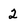
Character: 2